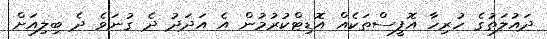
ދައުލަތުގެ ހުރިހާ އޮފީސްތަކެއް އޮޑިޓްކުރުމުން އެ އަދަދު ދެ ގުނަވެ ދެ ބިލިއަށް